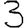
Digit: 3